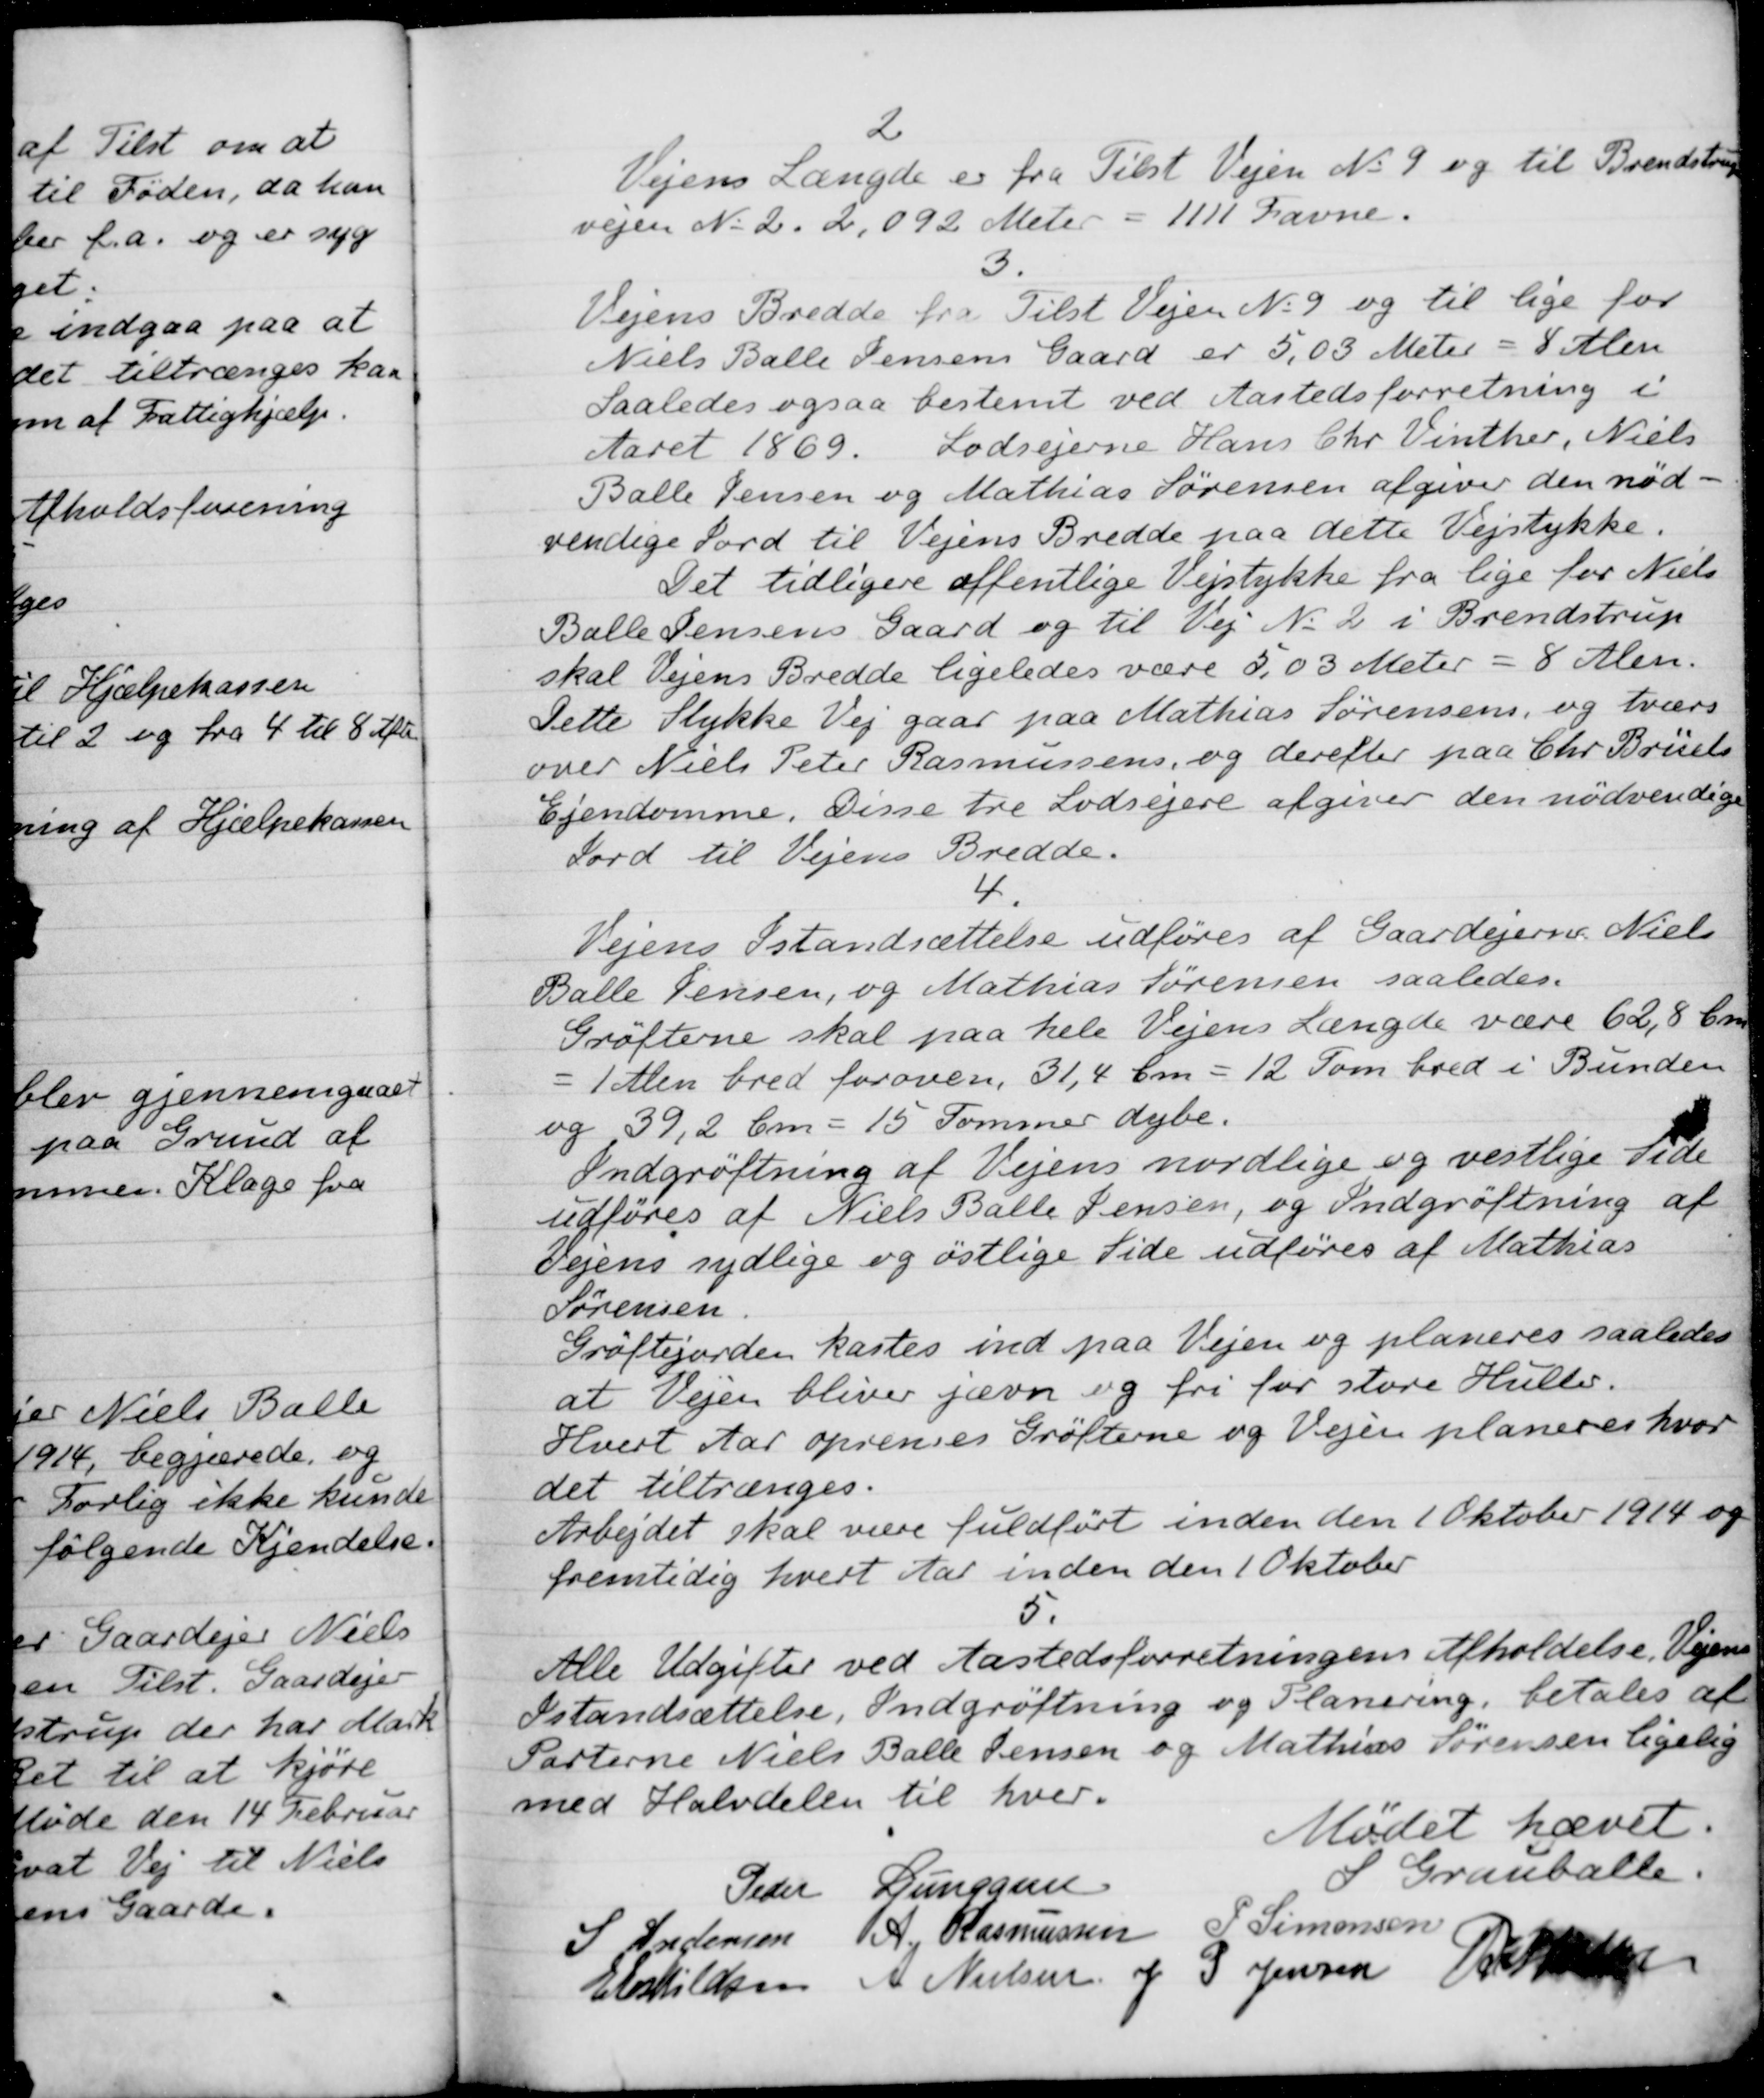
Transskription:
2
Vejens Længde er fra Tilst Vejen No 9 og til Brendstrup
vejen N. 2. 2,092 Meter
1111 Favne.
3.
Vejens Bredde fra Tilst Vejen No 9 og til lige for
Niels Balle Jensens Gaard er 5,03 Meter
8 Alen
saaledes ogsaa bestemt ved Aastedsforretning i
Aaret 1869. Lodsejerne Hans Chr. Vinther, Niels
Balle Jensen og Mathias Sørensen afgiver den nød-
vendige Jord til Vejens Bredde paa dette Vejstykke.
Det tidligere offentlige Vejstykke fra lige for Niels
Balle Jensens Gaard og til Vej No 2 i Brendstrup
skal Vejens Bredde ligeledes være 5,03 Meter
8 Alen.
Dette Stykke Vej gaar paa Mathias Sørensens, og tværs
over Niels Peter Rasmussens, og derefter paa Chr. Brüels
Ejendomme. Disse tre Lodsejere afgiver den nødvendige
Jord til Vejens Bredde.
4.
Vejens Istandsættelse udføres af Gaardejerne Niels
Balle Jensen, og Mathias Sørensen saaledes.
Grøfterne skal paa hele Vejens Længde være 62,8 Cm
= 1 Alen bred foroven, 31,4 Cm = 12 Tom bred i Bunden
og 39,2 Cm = 15 Tommer dybe.
Indgrøftning af Vejens nordlige og vestlige Side
udføres af Niels Balle Jensen, og Indgrøftning af
Vejens sydlige og østlige Side udføres af Mathias
Sørensen
Grøftejorden kastes ind paa Vejen og planeres saaledes
at Vejen bliver jævn og fri for store Huller.
Hvert Aar oprenes Grøfterne og Vejen planeres hvor
det tiltrænges.
Arbejdet skal være fuldført inden den 1 Oktober 1914 og
fremtidig hvert Aar inden den 1 Oktober
5.
Alle Udgifter ved Aastedsforretningens Afholdelse. Vejens
Istandsættelse, Indgrøftning og Planering, betales at
Parterne Niels Balle Jensen og Mathias Sørensen ligelig
med Halvdelen til hver.
Mødet hævet.
S Grauballe.
Peder Lunggren
S Andersen
A. Rasmussen
P. Simonsen
E Eskildsen
A. Nielsen
J P Jensen
R Møller